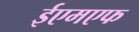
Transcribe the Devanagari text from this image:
ईएमएफ